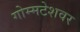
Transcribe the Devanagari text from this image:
गोम्मटेशवर